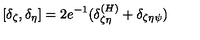
[ \delta _ { \zeta } , \delta _ { \eta } ] = 2 e ^ { - 1 } ( \delta _ { \zeta \eta } ^ { ( H ) } + \delta _ { \zeta \eta \psi } )